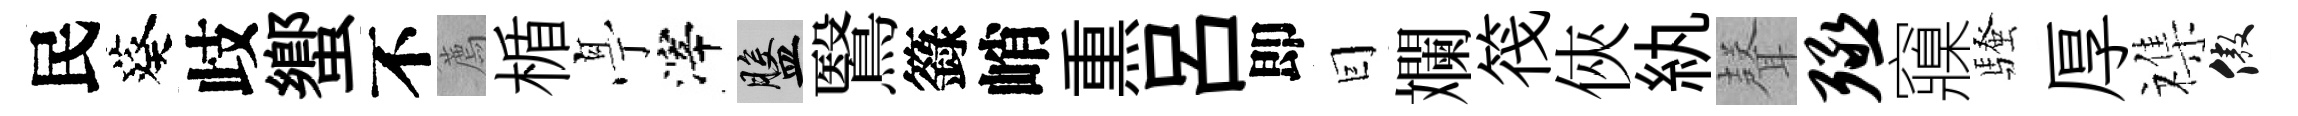
民葵歧蠁不薦楯𠅘滓盤鷖籙峭𤋱吕即囙斕筏俠紈𮋻殛䆿騷厚襍傲